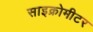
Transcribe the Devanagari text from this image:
साइक्रोमीटर